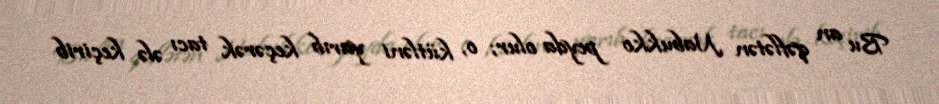
Bu an qəflətən Nabukko peyda olur; o, kütləni yarıb keçərək tacı ələ keçirib